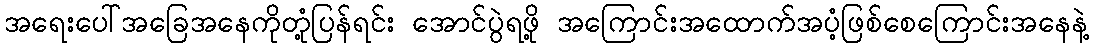
အရေးပေါ်အခြေအနေကိုတုံ့ပြန်ရင်း အောင်ပွဲရဖို့ အကြောင်းအထောက်အပံ့ဖြစ်စေကြောင်းအနေနဲ့